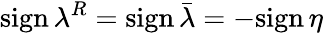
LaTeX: \textrm{sign}\, \lambda^{R}=\textrm{sign}\, \bar{\lambda}=-\textrm{sign}\, \eta